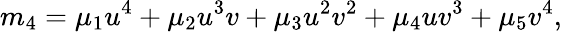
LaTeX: m_{4}=\mu_{1}u^{4}+\mu_{2}u^{3}v+\mu_{3}u^{2}v^{2}+\mu_{4}uv^{3}+\mu_{5}v^{4},